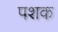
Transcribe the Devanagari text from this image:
पशक